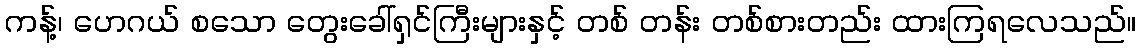
ကန့်၊ ဟေဂယ် စသော တွေးခေါ်ရှင်ကြီးများနှင့် တစ် တန်း တစ်စားတည်း ထားကြရလေသည်။